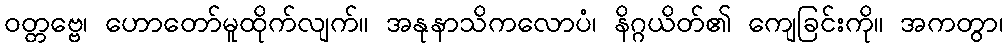
ဝတ္တဗ္ဗေ၊ ဟောတော်မူထိုက်လျက်။ အနုနာသိကလောပံ၊ နိဂ္ဂယိတ်၏ ကျေခြင်းကို။ အကတွာ၊